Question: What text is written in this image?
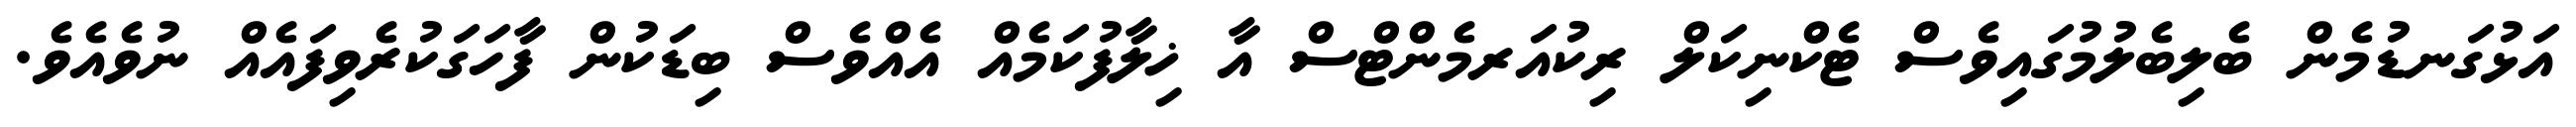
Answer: އަޅުގަނޑުމެން ބެލިބެލުމުގައިވެސް ޓެކްނިކަލް ރިކުއަރމެންޓްސް އާ ޚިލާފުކަމެއް އެއްވެސް ބިޑަކުން ފާހަގަކުރެވިފައެއް ނުވެއެވެ.